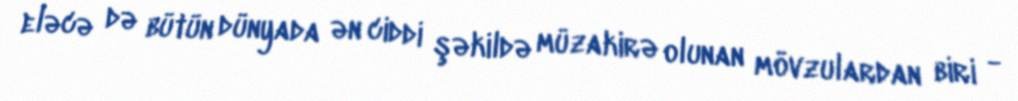
eləcə də bütün dünyada ən ciddi şəkildə müzakirə olunan mövzulardan biri -